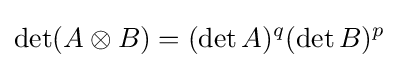
\det(A\otimes B)=(\det A)^{q}(\det B)^{p}